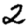
Digit: 2